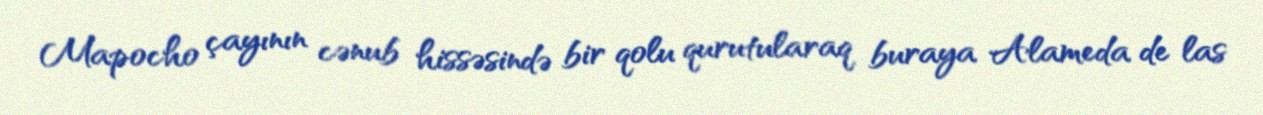
Mapocho çayının cənub hissəsində bir qolu qurutularaq buraya Alameda de las